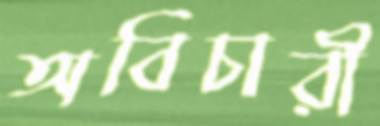
অবিচারী